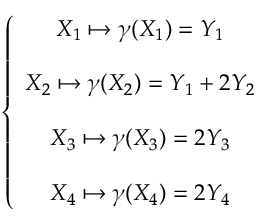
\left\{ \begin{array} { c } { X _ { 1 } \mapsto \boldsymbol { \gamma } ( X _ { 1 } ) = Y _ { 1 } } \\ { \quad } \\ { X _ { 2 } \mapsto \boldsymbol { \gamma } ( X _ { 2 } ) = Y _ { 1 } + 2 Y _ { 2 } } \\ { \quad } \\ { X _ { 3 } \mapsto \boldsymbol { \gamma } ( X _ { 3 } ) = 2 Y _ { 3 } } \\ { \quad } \\ { X _ { 4 } \mapsto \boldsymbol { \gamma } ( X _ { 4 } ) = 2 Y _ { 4 } } \end{array} \right.